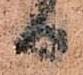
日